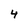
Character: 4